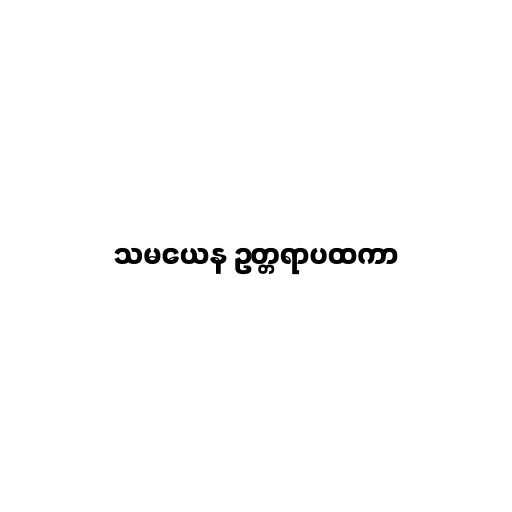
သမယေန ဥတ္တရာပထကာ